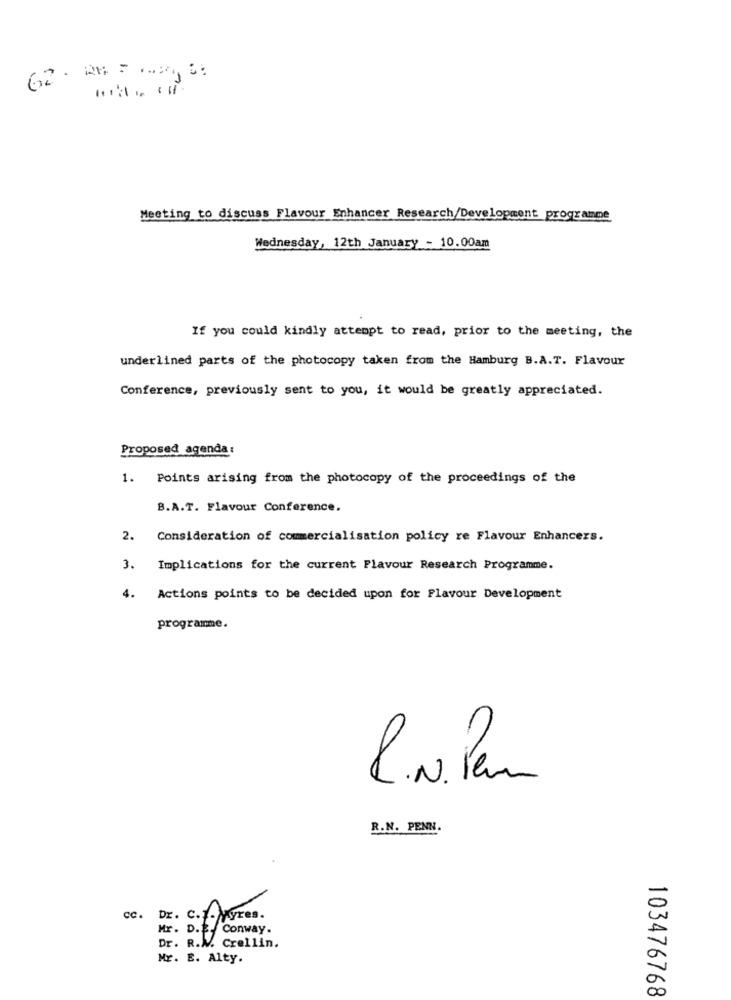
Meeting to discuss Flavour Enhancer Research/Development programme
Wednesday, 12th January - 10.00am
If you could kindly attempt to read, prior to the meeting, the
underlined parts of the photocopy taken from the Hamburg B.A.T. Flavour
Conference, previously sent to you, it would be greatly appreciated.
Proposed agenda :
1.
Points arising from the photocopy of the proceedings of the
B.A.T. Flavour Conference.
2.
Consideration of commercialisation policy re Flavour Enhancers.
3.
Implications for the current Flavour Research Programme.
4.
Actions points to be decided upon for Flavour Development
programme.
C.N. Pem
R.N. PENN.
Dr. C.T. Fyres.
Mr. D.E. Conway.
Dr. R.M. Crellin.
Mr. E. Alty.
103476768